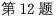
第12题